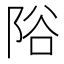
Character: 䧍